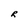
Character: R